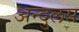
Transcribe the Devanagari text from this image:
अन्दुलस